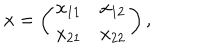
x = \left( \begin{array} { c c } { { x _ { 1 1 } } } & { { x _ { 1 2 } } } \\ { { x _ { 2 1 } } } & { { x _ { 2 2 } } } \\ \end{array} \right) ,